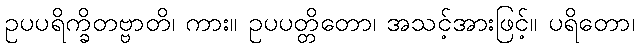
ဥပပရိက္ခိတဗ္ဗာတိ၊ ကား။ ဥပပတ္တိတော၊ အသင့်အားဖြင့်။ ပရိတော၊